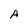
Character: A